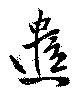
遣